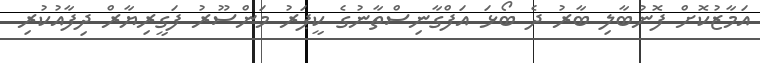
އަމާޒުކޮށް ފޮނުބާލި ބާރު ދެ ބޯޅަ އަފްގާނިސްތާނުގެ ކީޕަރު މަންސޫރު ފަގީރިޔާރް ދިފާއުކުރި